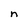
Character: n